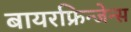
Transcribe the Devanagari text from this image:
बायरफ्रिन्जेन्स